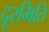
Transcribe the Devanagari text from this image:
दूरमिति